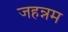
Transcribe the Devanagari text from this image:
जहन्नम